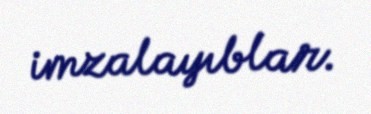
imzalayıblar.